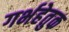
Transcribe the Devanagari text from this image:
गर्भहेतुक